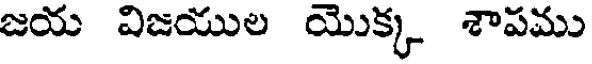
జయ విజయుల యొక్క శాపము